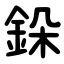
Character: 䤪